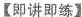
【即讲即练】